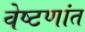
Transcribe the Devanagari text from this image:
वेष्टणांत